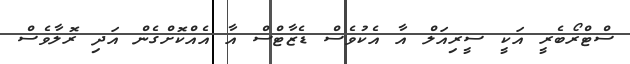
ސްޓްރޯބެރީ އަކީ ސީރިއަލް އާ އެކުވެސް ޑެޒާޓްސް އާ އެއްކޮށްގެން އަދި ރޮލާވެސް